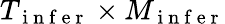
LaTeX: T_{\mathrm{~i~n~f~e~r~}}\times M_{\mathrm{~i~n~f~e~r~}}